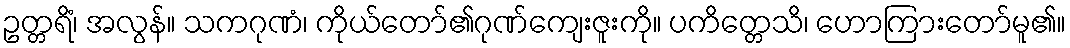
ဥတ္တရိံ၊ အလွန်။ သကဂုဏံ၊ ကိုယ်တော်၏ဂုဏ်ကျေးဇူးကို။ ပကိတ္တေသိ၊ ဟောကြားတော်မူ၏။